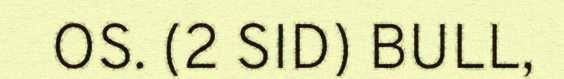
OS. (2 SID) BULL,